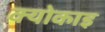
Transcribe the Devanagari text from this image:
क्योकाइ